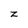
Character: z